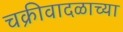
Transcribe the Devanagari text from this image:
चक्रीवादळाच्या